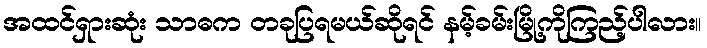
အထင်ရှားဆုံး သာဓက တခုပြရမယ်ဆိုရင် နမ့်ခမ်းမြို့ကိုကြည့်ပါလား။